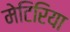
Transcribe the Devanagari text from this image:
मेटिरिया